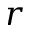
r